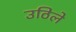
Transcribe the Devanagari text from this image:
उठिले